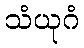
သံယုဂံ